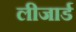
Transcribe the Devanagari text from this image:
लीजार्ड